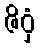
ဇိဝှံ